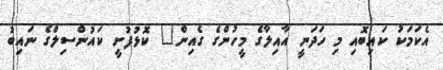
އެކަމަކު ކައިބޮއި މި ހަދަނީ އާއިލާގެ މީހުންގެ ގެއިން" ކޮޅުފުށީ ކައުންސިލްގެ ނައިބު